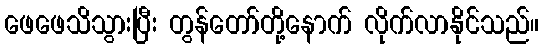
ဖေဖေသိသွားပြီး တွန်တော်တို့နောက် လိုက်လာနိုင်သည်။